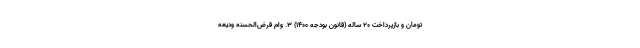
تومان و بازپرداخت ۲۰ ساله (قانون بودجه ۱۴۰۰) ۳. وام قرض‌الحسنه ودیعه